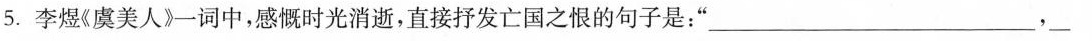
5.李煜(虞美人》一词中，感慨时光消逝，直接抒发亡国之恨的句子是：“___，___